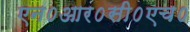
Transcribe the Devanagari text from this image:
एन०आर०सी०एच०